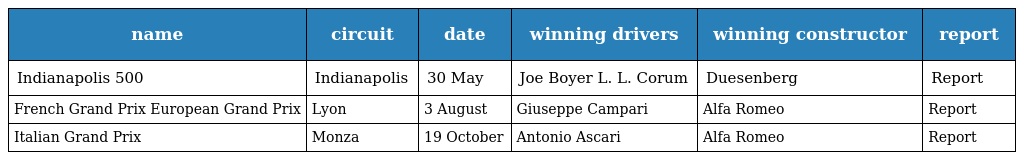
| name | circuit | date | winning drivers | winning constructor | report |
 | --- | --- | --- | --- | --- | --- |
 | Indianapolis 500 | Indianapolis | 30 May | Joe Boyer L. L. Corum | Duesenberg | Report |
 | French Grand Prix European Grand Prix | Lyon | 3 August | Giuseppe Campari | Alfa Romeo | Report |
 | Italian Grand Prix | Monza | 19 October | Antonio Ascari | Alfa Romeo | Report |